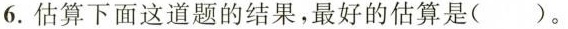
6.估算下面这道题的结果，最好的估算是( )。